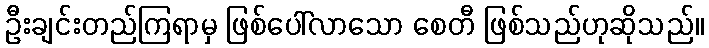
ဦးချင်းတည်ကြရာမှ ဖြစ်ပေါ်လာသော စေတီ ဖြစ်သည်ဟုဆိုသည်။